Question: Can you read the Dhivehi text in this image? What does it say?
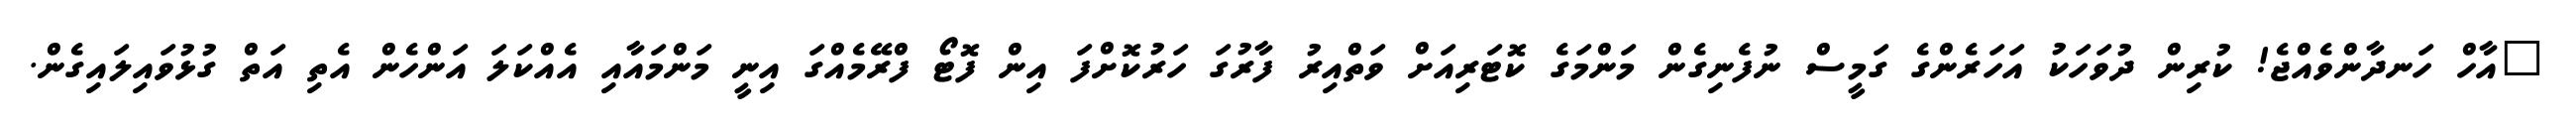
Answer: "އާހް ހަނދާންވެއްޖެ! ކުރިން ދުވަހަކު އަހަރެންގެ ގަމީސް ނުފެނިގެން މަންމަގެ ކޮޓަރިއަށް ވަތްއިރު ފާރުގަ ހަރުކޮށްފަ އިން ފޮޓޯ ފްރޭމެއްގަ އިނީ މަންމައާއި އެއްކަލަ އަންހެން އެތި އަތް ގުޅުވައިލައިގެން.